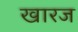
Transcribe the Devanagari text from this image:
खारज